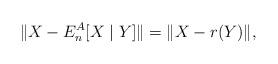
LaTeX: \begin{align*} \|X-E_n^A[X\mid Y]\| = \|X- r(Y) \|,\end{align*}